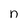
Character: n